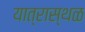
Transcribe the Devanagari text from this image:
यात्रास्थळ